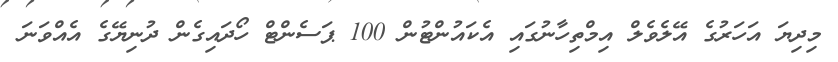
މިދިޔަ އަހަރުގެ އޭލެވެލް އިމްތިހާނުގައި އެކައުންޓުން 100 ޕަސެންޓް ހޯދައިގެން ދުނިޔޭގެ އެއްވަނަ